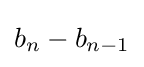
b_{n}-b_{n-1}